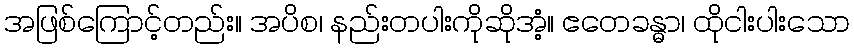
အဖြစ်ကြောင့်တည်း။ အပိစ၊ နည်းတပါးကိုဆိုအံ့။ ဧတေခန္ဓာ၊ ထိုငါးပါးသော